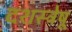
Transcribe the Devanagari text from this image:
दशस्त्रेषू